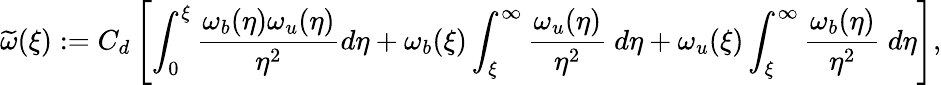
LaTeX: \widetilde\omega(\xi):=C_{d}\left[\int_{0}^{\xi}\frac{\omega_{b}(\eta)\omega_{u}(\eta)}{\eta^{2}}d\eta+\omega_{b}(\xi)\int_{\xi}^{\infty}\frac{\omega_{u}(\eta)}{\eta^{2}}\ d\eta+\omega_{u}(\xi)\int_{\xi}^{\infty}\frac{\omega_{b}(\eta)}{\eta^{2}}\ d\eta\right],